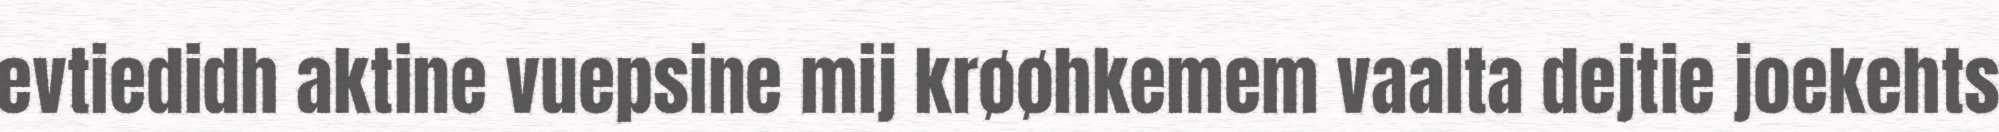
evtiedidh aktine vuepsine mij krøøhkemem vaalta dejtie joekehts